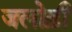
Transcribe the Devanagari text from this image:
जलोढ़ी